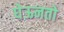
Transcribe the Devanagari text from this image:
घेऊनतो